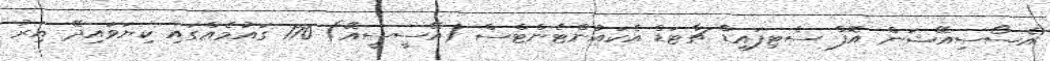
އެސޯސިއޭޝަން އޮފް ސެޓިފައިޑް ޗާޓަޑް އެކައުންޓެންޓްސް (އޭސީސީއޭ) 170 ގައުމެއްގައި ކިޔަވައިދޭ އިރު